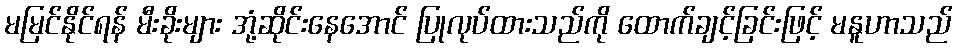
မမြင်နိုင်ရန် မီးခိုးများ အုံ့ဆိုင်းနေအောင် ပြုလုပ်ထားသည်ကို ထောက်ချင့်ခြင်းဖြင့် မနူဟာသည်